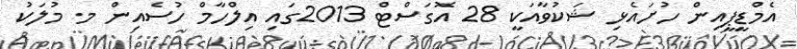
އެމްޑީޕީއިން ހުށައެޅި ޝަކުވާއަކީ 28 އޮގަސްޓް 2013ގައި އިލްހާމް ހުސެއިން މ. މުލަކު